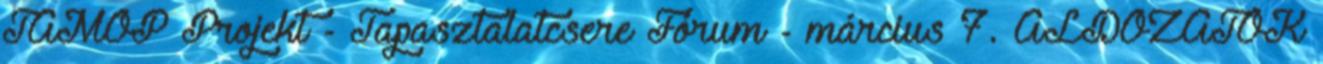
TÁMOP Projekt - Tapasztalatcsere Fórum - március 7. ÁLDOZATOK